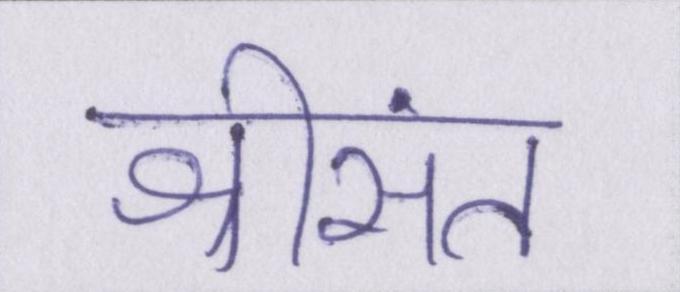
श्रीसंत